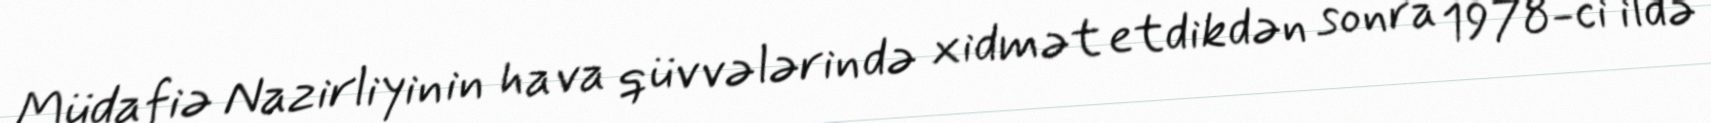
Müdafiə Nazirliyinin hava qüvvələrində xidmət etdikdən sonra 1978-ci ildə